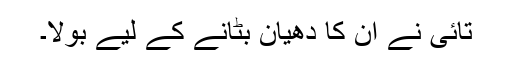
تائی نے ان کا دھیان بٹانے کے لیے بولا۔